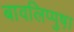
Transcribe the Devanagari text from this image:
बावलिप्पुष़ा